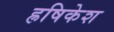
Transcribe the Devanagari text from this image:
ह्रषिकेश